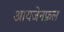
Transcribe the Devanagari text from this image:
आयजेनफ़ल